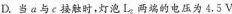
D.当a与c接触时，灯泡L_{2}两端的电压为4.5 V